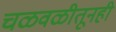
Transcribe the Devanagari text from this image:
चळवळीतूनही